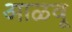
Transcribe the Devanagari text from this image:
आळवू